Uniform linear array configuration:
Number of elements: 32
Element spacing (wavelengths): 0.75
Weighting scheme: uniform
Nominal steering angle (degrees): -15
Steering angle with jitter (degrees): -14.674
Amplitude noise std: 0.05
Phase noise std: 0.05

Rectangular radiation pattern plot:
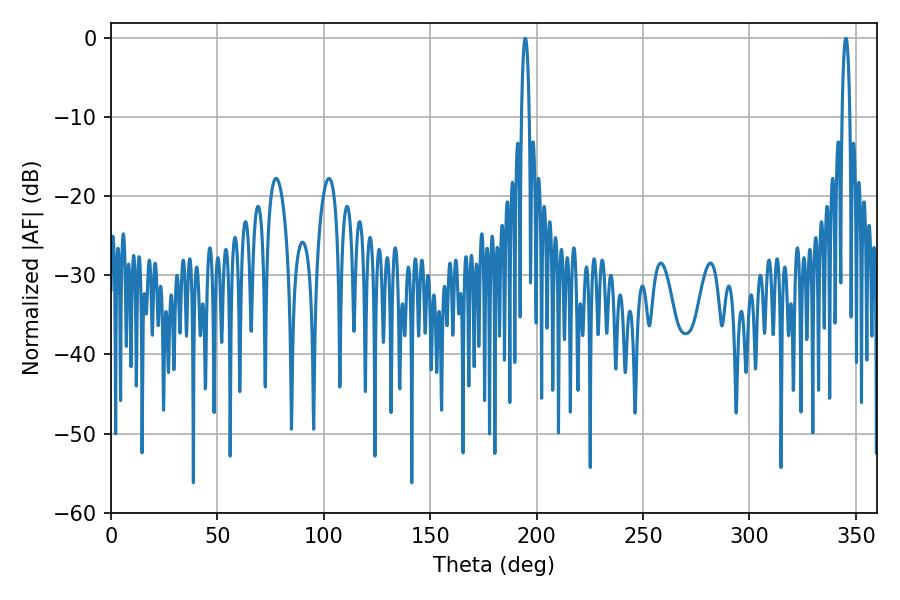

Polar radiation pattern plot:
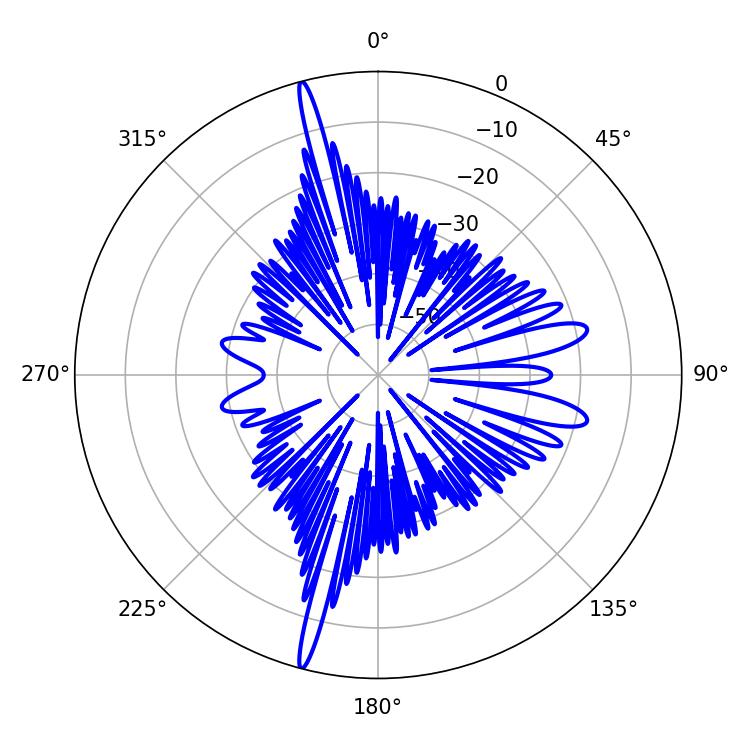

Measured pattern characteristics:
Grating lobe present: TRUE
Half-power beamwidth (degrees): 1.98
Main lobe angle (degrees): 345.24